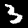
Digit: 3